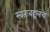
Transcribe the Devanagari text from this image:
स्वतःबद्दलचे